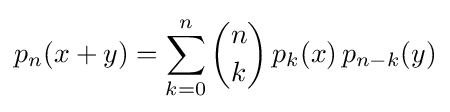
p_{n}(x+y)=\sum _{k=0}^{n}{n \choose k}\,p_{k}(x)\,p_{n-k}(y)